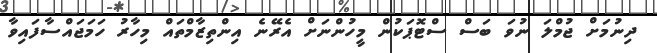
ދިނުމަށް ޖުމްލަ ނުވަ ބަސް ސްޓޮޕަކުން މީހުންނަށް އެރޭނެ އިންތިޒާމްތައް މިހާރު ހަމަޖައްސާފައިވާ